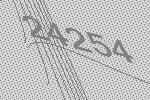
24254